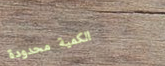
الكمية محدودة